Annual report on the mental hospital in the Central Provinces and Berar (Nagpur) - 1927-1951
Year: 1927
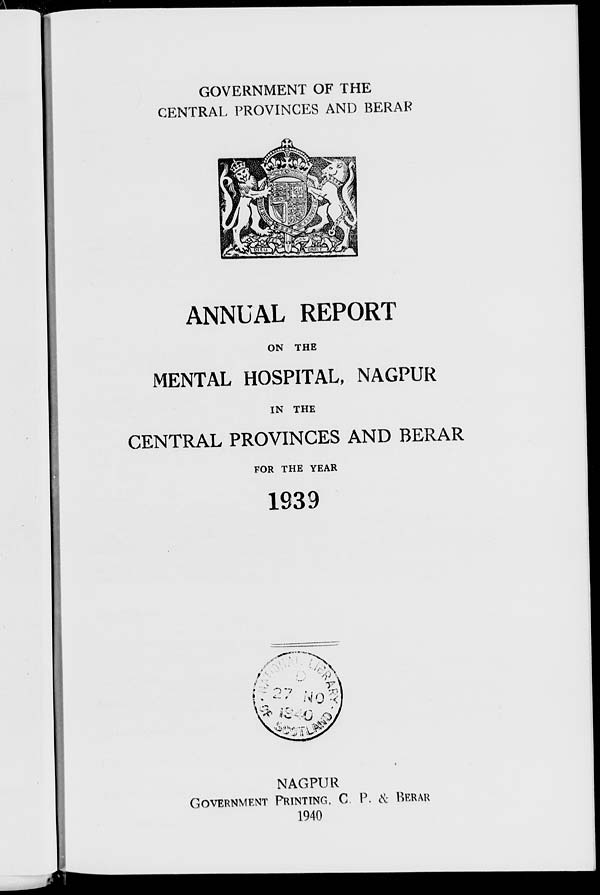
GOVERNMENT OF THE
CENTRAL PROVINCES AND BERAR
ANNUAL REPORT
ON THE
MENTAL HOSPITAL, NAGPUR
IN THE
CENTRAL PROVINCES AND BERAR
FOR THE YEAR
1939
NAGPUR
GOVERNMENT PRINTING. C. P. & BERAR
1940